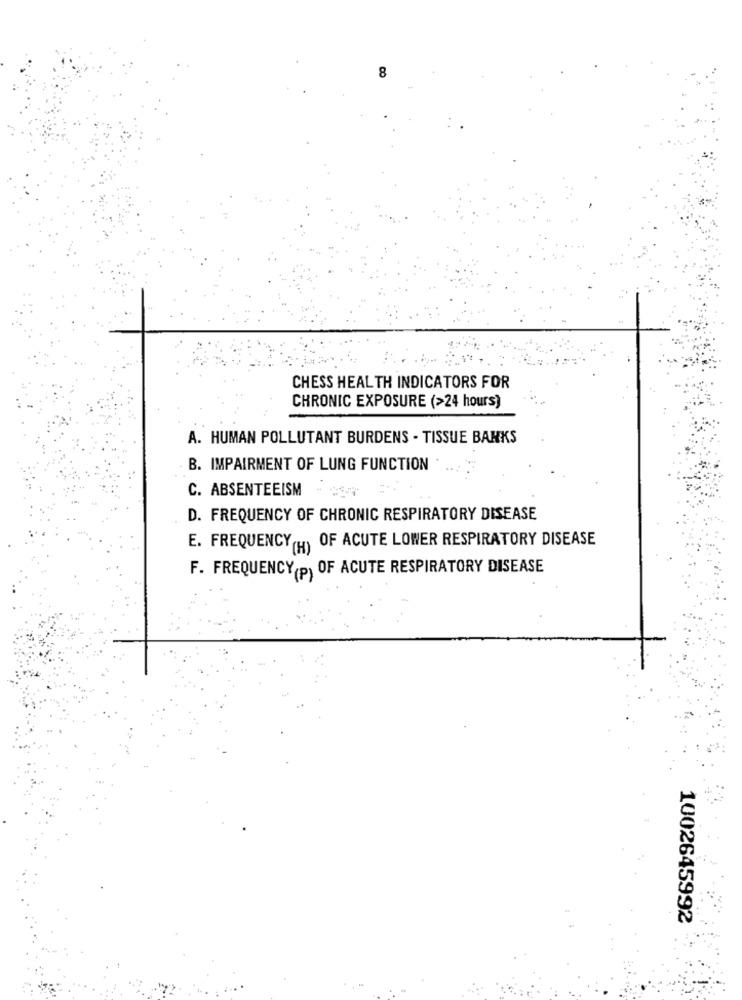
8
CHESS HEALTH INDICATORS FOR
CHRONIC EXPOSURE (>24 hours)
A. HUMAN POLLUTANT BURDENS - TISSUE BANKS
B. IMPAIRMENT OF LUNG FUNCTION
C. ABSENTEEISM
D. FREQUENCY OF CHRONIC RESPIRATORY DISEASE
E. FREQUENCY (H) OF ACUTE LOWER RESPIRATORY DISEASE
F. FREQUENCY(P) OF ACUTE RESPIRATORY DISEASE
1002645992